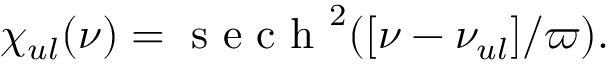
\chi _ { u l } ( \nu ) = \mathrm { ~ s ~ e ~ c ~ h ~ } ^ { 2 } ( [ \nu - \nu _ { u l } ] / \varpi ) .